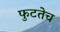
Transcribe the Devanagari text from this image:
फुटतेच